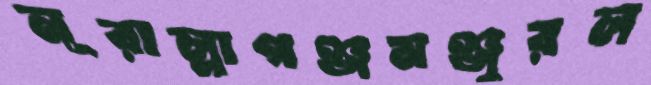
নূরাল্লাগঞ্জমঞ্জুরল